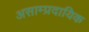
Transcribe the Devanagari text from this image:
असाम्प्रदायिक